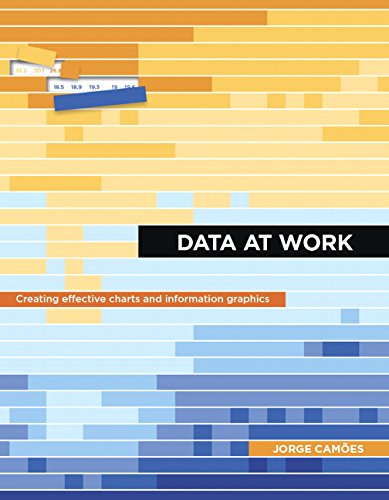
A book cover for Data at Work: Best practices for creating effective charts and information graphics in Microsoft Excel (Voices That Matter); Jorge CamÃµes; Computers & Technology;